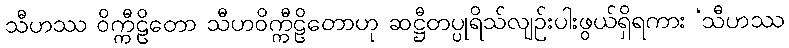
သီဟဿ ဝိက္ကီဠိတော သီဟဝိက္ကီဠိတောဟု ဆဋ္ဌီတပ္ပုရိသ်လျဉ်းပါးဖွယ်ရှိရကား ‘သီဟဿ